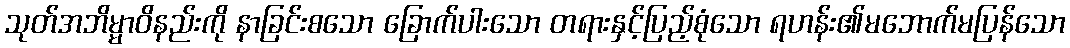
သုတ်အဘိမ္မာဝိနည်းကို နာခြင်းစသော ခြောက်ပါးသော တရားနှင့်ပြည့်စုံသော ရဟန်း၏မဘောက်မပြန်သော